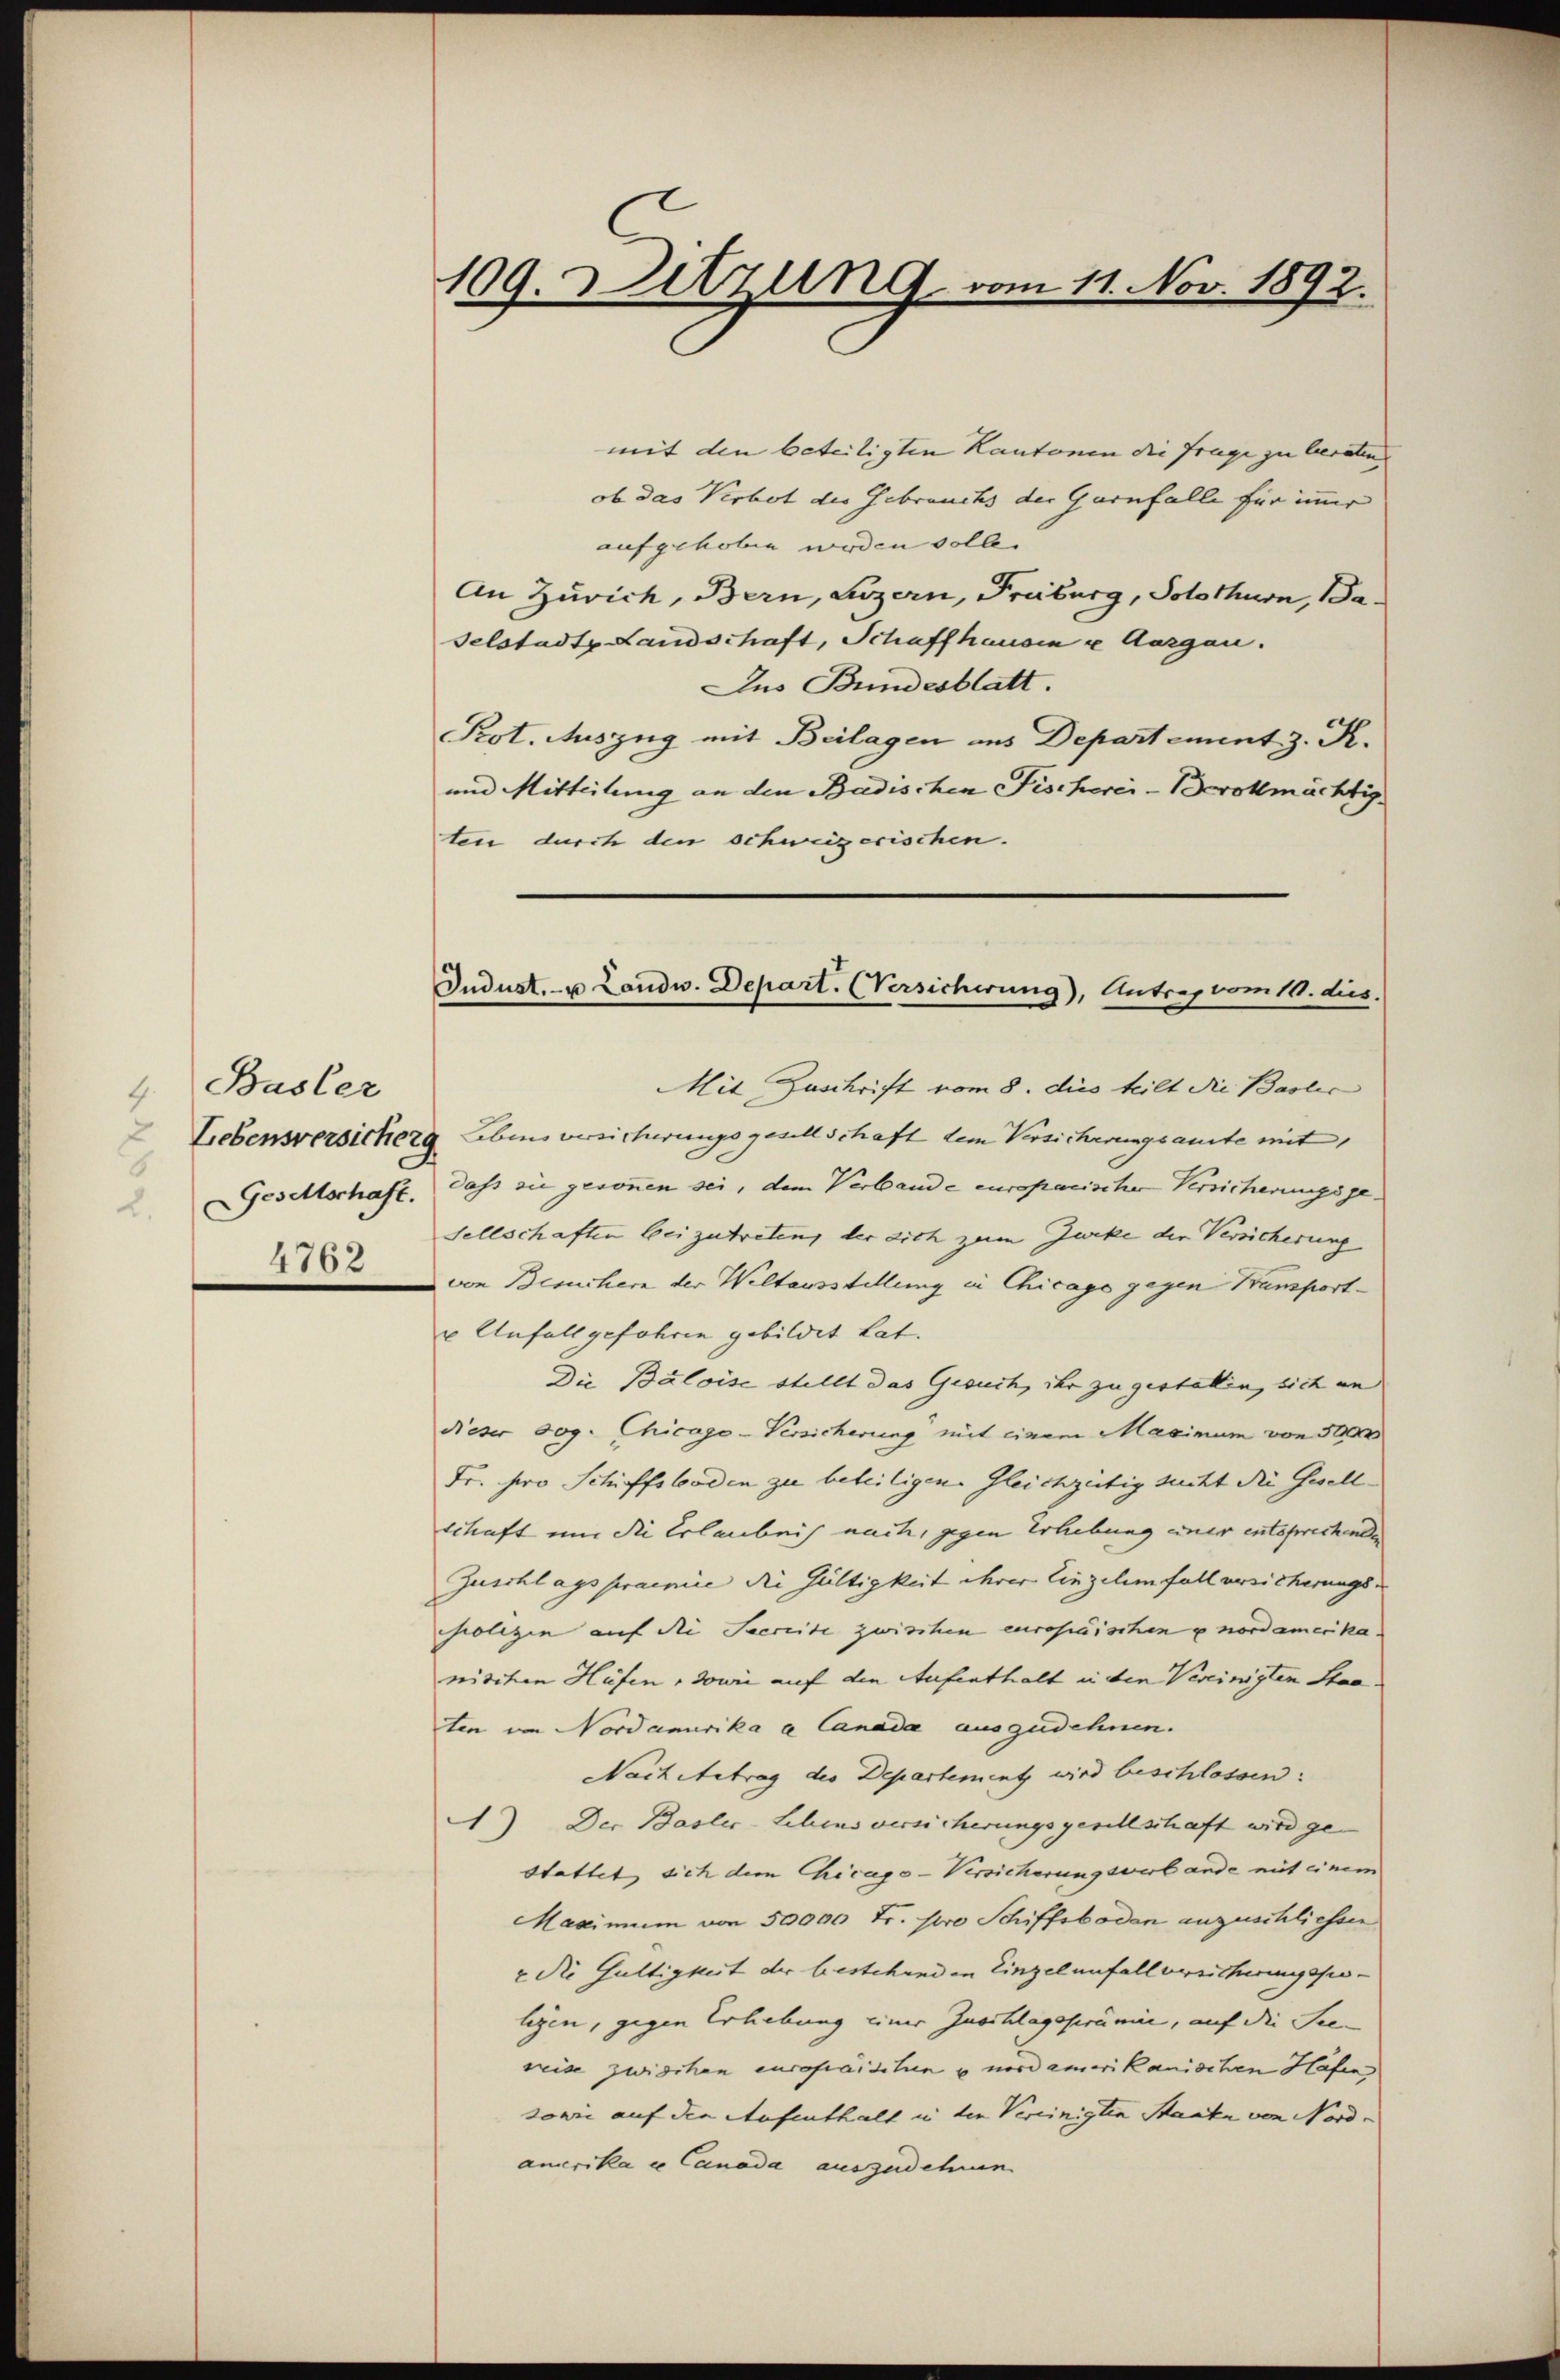
4. Basler
6
Gesellschaft.
2.
4762

mit den beteiligten Kantonen die Frage zu beraten
ob das Verbot der Gebrauchs der Garnfalle für immer
aufgehoben werden solle.
An Zürich, Bern, Luzern, Freiburg, Solothurn, Baselstadt Landschaft, Schaffhausen u. Aargau.
Aus Bundesblatt.
Prot. Auszug mit Beilagen aus Departement z. R.
und Mitteilung an den Badischen Fischerei - Bevollmächtig
ten durch den schweizerischen.

109. Sitzung vom 11. Nov. 1892.

Jndust- u Landw. Depart. Versicherung), Antrag vom 11. dies.

Mit Zuschrift vom 8. dies teilt die Baslic
 Liebensversicher Lebens versicherungsgesellschaft dem Versicherungsamte mit
dass sie gesonnen sei, dem Verbande europaeische Versicherungsgesellschaften bei zutreten, der dich zum Zweke der Versicherung
von Besuchern der Weltausstellung in Chicago gegen Bansport¬
u Anfall gefahren gebildet hat.
Die Baloise stellt das Gesuch, ihr zu gestatten, sich an
dieser sog. Chicago-Versicherung mit einem Maximum von 500
Fr. pro Schiffsboden zu beteiligen. Gleichzeitig sicht die Gesellschaft nur die Erlaubnis nach, gegen Erhebung einer entsprechenden
Zuschlags praemie die Gültigkeit ihrer Einzelenfall versicherungs- |
polizin auf die Seereite zwischen europäischen unordamerika.
nischen Höfen, sowie auf den Aufenthalt in den Vereinigten Staa
ten von Nordanurika a Canada auszudehnen.
Nach betrag der Departement wird beschlossen:
) Der Basler-Lehens versicherungsgesellschaft wird ge
Stattet sich dem Chicago-Versicherung wird ande mit einem
Maximum von 50000 Fr. pro Schiffsboden anzuschliessen
r die Gültigkeit der bestehenden Einzelenfallversicherungsso-
legen, gegen Erlebung einer Zuschlagsprämie, auf die See-
reise zwischen europäischen u nordamerikanischen Hafen
sowie auf den Aufenthalt in den Vereinigten Staate von Nordamerika u Canada auszudehnen.